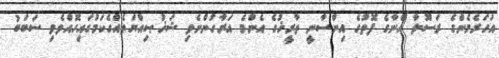
އަހަރެމެންގެ ރަސޫލާ އޭނާގެ ފޮތުގެ އިންސާނީ ތާރީޚުގެ އެންމެ އަރާހުންނެވި ޝަޚުޞިއްޔަތެއްގެކަމުގައިހޮއްވެވި ސަބަބު